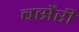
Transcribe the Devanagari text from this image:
बर्सेरी